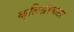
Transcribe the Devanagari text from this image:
क्लिअरवाटर